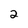
Character: 2